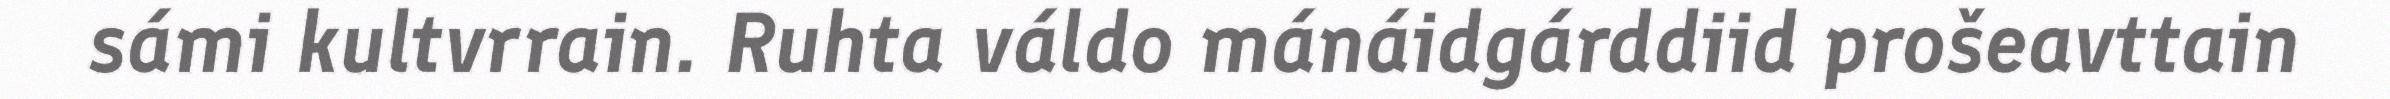
sámi kultvrrain. Ruhta váldo mánáidgárddiid prošeavttain